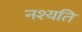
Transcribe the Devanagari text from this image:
नश्यति